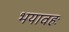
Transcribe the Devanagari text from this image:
भयावहः